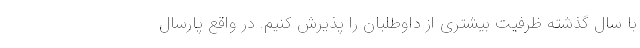
با سال گذشته ظرفیت بیشتری از داوطلبان را پذیرش کنیم. در واقع پارسال